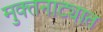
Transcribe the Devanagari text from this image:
मुक्तनाट्यात